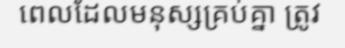
ពេលដែលមនុស្សគ្រប់គ្នា ត្រូវ